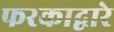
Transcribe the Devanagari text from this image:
फरकाद्वारे